Annual statistical returns and brief notes on vaccination in Bengal - 1896-1909
Year: 1896
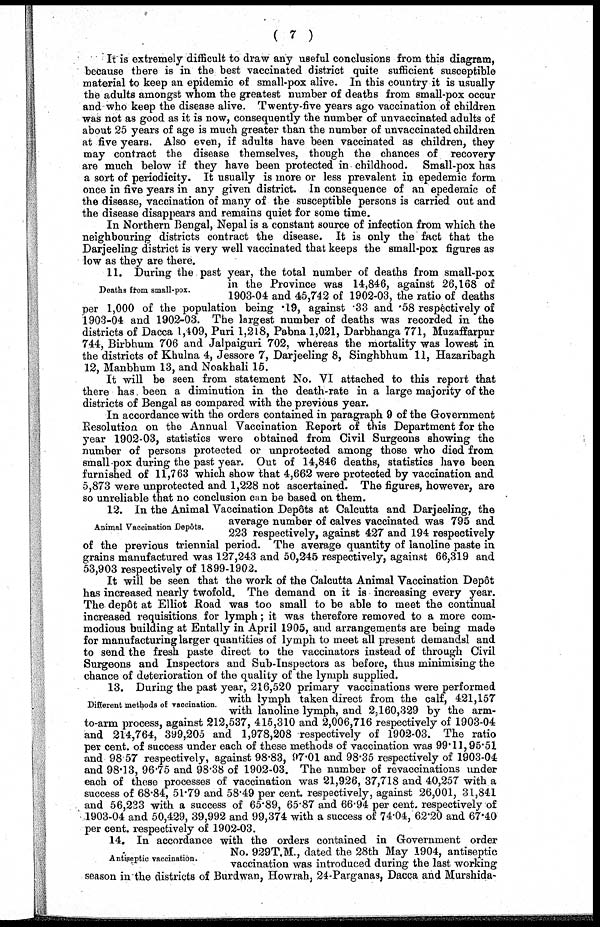
( 7 )
It is extremely difficult to draw any useful conclusions from this diagram,
because there is in the best vaccinated district quite sufficient susceptible
material to keep an epidemic of small-pox alive. In this country it is usually
the adults amongst whom the greatest number of deaths from small-pox occur
and who keep the disease alive. Twenty-five years ago vaccination of children
was not as good as it is now, consequently the number of unvaccinated adults of
about 25 years of age is much greater than the number of unvaccinated children
at five years. Also even, if adults have been vaccinated as children, they
may contract the disease themselves, though the chances of recovery
are much below if they have been protected in childhood. Small-pox has
a sort of periodicity. It usually is more or less prevalent in epedemic form
once in five years in any given district. In consequence of an epedemic of
the disease, vaccination of many of the susceptible persons is carried out and
the disease disappears and remains quiet for some time.
In Northern Bengal, Nepal is a constant source of infection from which the
neighbouring districts contract the disease. It is only the fact that the
Darjeeling district is very well vaccinated that keeps the small-pox figures as
low as they are there.
Deaths from small-pox.
11. During the past year, the total number of deaths from small-pox
in the Province was 14,846, against 26,168 of
1903-04 and 45,742 of 1902-03, the ratio of deaths
per 1,000 of the population being .19, against .33 and .58 respectively of
1903-04 and 1902-03. The largest number of deaths was recorded in the
districts of Dacca 1,409, Puri 1,218, Pabna 1,021, Darbhanga 771, Muzaffarpur
744, Birbhum 706 and Jalpaiguri 702, whereas the mortality was lowest in
the districts of Khulna 4, Jessore 7, Darjeeling 8, Singhbhum 11, Hazaribagh
12, Manbhum 13, and Noakhali 15.
It will be seen from statement No. VI attached to this report that
there has been a diminution in the death-rate in a large majority of the
districts of Bengal as compared with the previous year.
In accordance with the orders contained in paragraph 9 of the Government
Resolution on the Annual Vaccination Report of this Department for the
year 1902-03, statistics were obtained from Civil Surgeons showing the
number of persons protected or unprotected among those who died from
small-pox during the past year. Out of 14,846 deaths, statistics have been
furnished of 11,763 which show that 4,662 were protected by vaccination and
5,873 were unprotected and 1,228 not ascertained. The figures, however, are
so unreliable that no conclusion can be based on them.
Animal Vaccination Depôts.
12. In the Animal Vaccination Depôts at Calcutta and Darjeeling, the
average number of calves vaccinated was 795 and
223 respectively, against 427 and 194 respectively
of the previous triennial period. The average quantity of lanoline paste in
grains manufactured was 127,243 and 50,245 respectively, against 66,319 and
53,903 respectively of 1899-1902.
It will be seen that the work of the Calcutta Animal Vaccination Depôt
has increased nearly twofold. The demand on it is increasing every year.
The depôt at Elliot Road was too small to be able to meet the continual
increased requisitions for lymph; it was therefore removed to a more com-
modious building at Entally in April 1905, and arrangements are being made
for manufacturing larger quantities of lymph to meet all present demandsl and
to send the fresh paste direct to the vaccinators instead of through Civil
Surgeons and Inspectors and Sub-Inspectors as before, thus minimising the
chance of deterioration of the quality of the lymph supplied.
Different methods of vaccination.
13. During the past year, 216,520 primary vaccinations were performed
with lymph taken direct from the calf, 421,157
with lanoline lymph, and 2,160,329 by the arm-
to-arm process, against 212,537, 415,310 and 2,006,716 respectively of 1903-04
and 214,764, 399,205 and 1,978,208 respectively of 1902-03. The ratio
per cent. of success under each of these methods of vaccination was 99.11,95.51
and 98.57 respectively, against 98.83, 97.01 and 98.35 respectively of 1903-04
and 98.13, 96.75 and 98.38 of 1902-03. The number of revaccinations under
each of these processes of vaccination was 21,926, 37,718 and 40,257 with a
success of 68.84, 51.79 and 58.49 per cent. respectively, against 26,001, 31,841
and 56,233 with a success of 65.89, 65.87 and 66.94 per cent. respectively of
1903-04 and 50,429, 39,992 and 99,374 with a success of 74.04, 62.20 and 67.40
per cent. respectively of 1902-03.
Antiseptic vaccination.
14. In accordance with the orders contained in Government order
No. 929T.M., dated the 28th May 1904, antiseptic
vaccination was introduced during the last working
season in the districts of Burdwan, Howrah, 24-Parganas, Dacca and Murshida¬